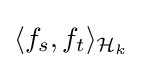
{\textstyle \langle f_{s},f_{t}\rangle _{{\mathcal {H}}_{k}}}